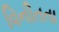
વિનીતતા